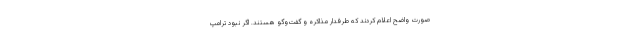
صورت واضح اعلام کردند که طرفدار مذاکره و گفت‌وگو هستند. اگر نبود ترامپ